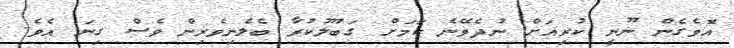
އޮވެގެން ނޫނީ ކުރިއަށް ނުދެވޭނެ ކަމަށް ގަބޫލުކުރާ ބެލެނިވެރިން ވެސް ގިނަ އެވެ.